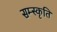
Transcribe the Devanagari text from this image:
सम्स्कृति